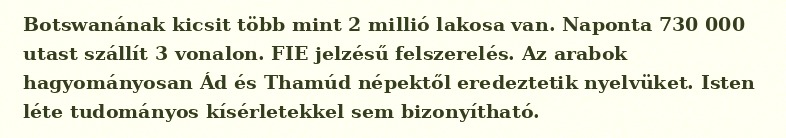
Botswanának kicsit több mint 2 millió lakosa van. Naponta 730 000 utast szállít 3 vonalon. FIE jelzésű felszerelés. Az arabok hagyományosan Ád és Thamúd népektől eredeztetik nyelvüket. Isten léte tudományos kísérletekkel sem bizonyítható.